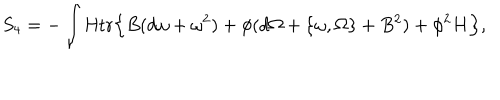
S _ { 4 } = - \int { \mathrm { H t r } } \Bigl \{ B ( d \omega + \omega ^ { 2 } ) + \phi ( d \Omega + \{ \omega , \Omega \} + B ^ { 2 } ) + \phi ^ { 2 } H \Bigr \} ,